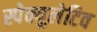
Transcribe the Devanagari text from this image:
स्पेक्युलेटिव